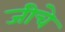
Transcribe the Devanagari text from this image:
जीचे